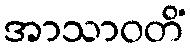
အာသာဝတိံ